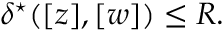
\delta ^ { \star } ( [ z ] , [ w ] ) \leq R .